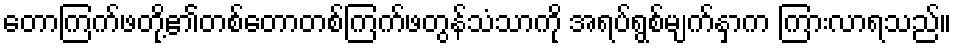
တောကြက်ဖတို့၏တစ်တောတစ်ကြက်ဖတွန်သံသာကို အရပ်ရွစ်မျက်နှာက ကြားလာရသည်။